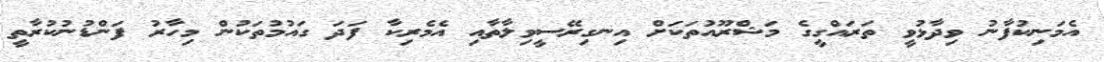
އެމަނިކުފާނު ވިދާޅުވީ ތަރައްގީގެ މަޝްރޫއުތަކަށް އިނގިރޭސީވިލާތާއި އެމެރިކާ ފަދަ ގައުމުތަކުން މިހާރު ފަންޑުނުކުރާތީ